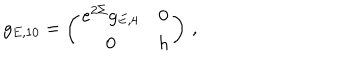
g _ { E , 1 0 } = \left( \begin{array} { c c } { { e ^ { 2 \Sigma } g _ { E , 4 } } } & { { 0 } } \\ { { 0 } } & { { h } } \\ \end{array} \right) \, ,